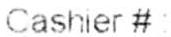
CASHIER #